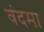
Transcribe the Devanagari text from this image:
वंदमा